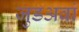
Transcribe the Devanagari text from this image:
जुडअवां